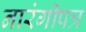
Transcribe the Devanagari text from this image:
नारंगीपत्र